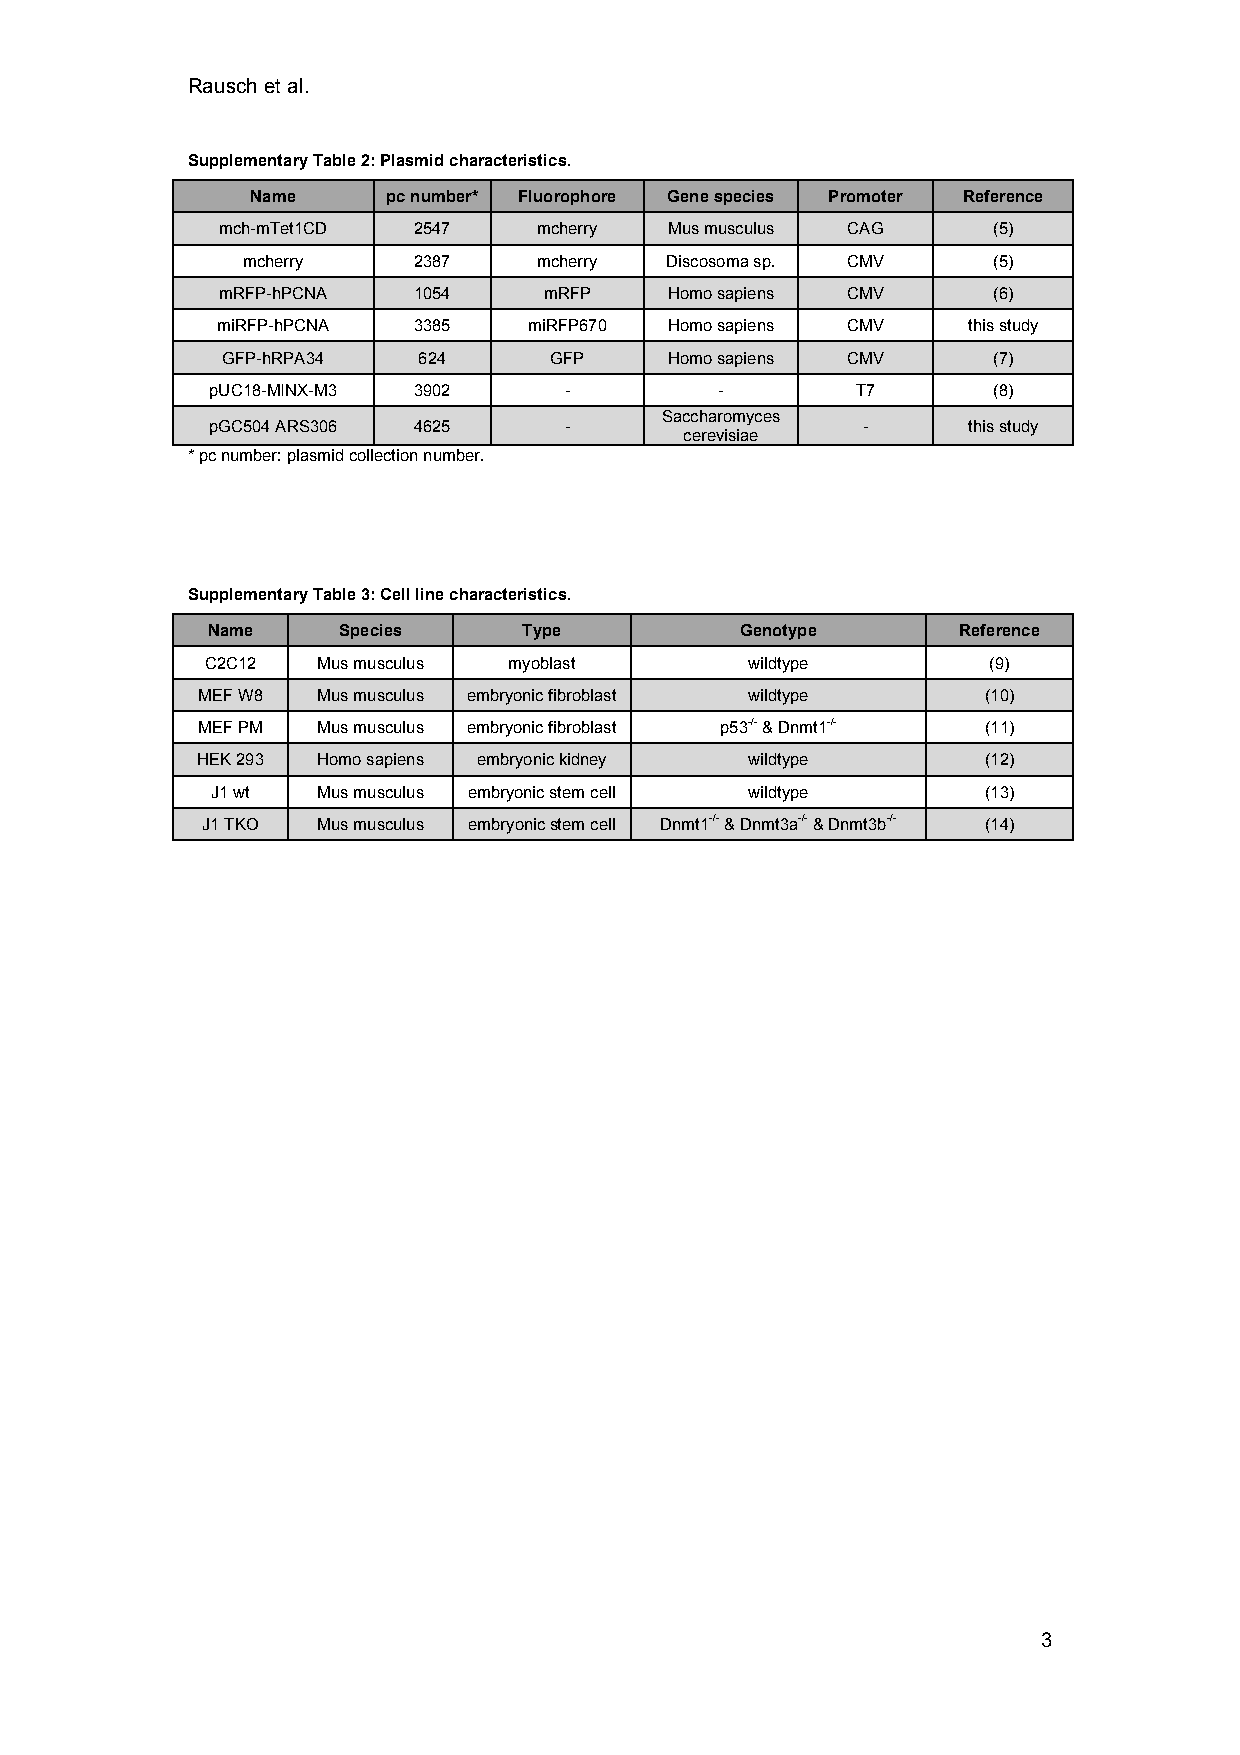
Rausch et al.
 Supplementary Table 2: Plasmid characteristics.
 Name     pc number* Fluorophore Gene species Promoter Reference
 mch-mTet1CD  2547     mcherry Mus musculus CAG      (5)
 mcherry    2387     mcherry Discosoma sp. CMV     (5)
 mRFP-hPCNA   1054     mRFP    Homo sapiens CMV      (6)
 miRFP-hPCNA  3385    miRFP670 Homo sapiens CMV    this study
 GFP-hRPA34   624     GFP     Homo sapiens CMV      (7)
 pUC18-MINX-M3 3902     -          -        T7       (8)
 Saccharomyces
 pGC504 ARS306 4625     -                   -      this study
 cerevisiae
 * pc number: plasmid collection number.
 Supplementary Table 3: Cell line characteristics.
 Name    Species      Type          Genotype      Reference
 C2C12  Mus musculus myoblast        wildtype       (9)
 MEF W8  Mus musculus embryonic fibroblast wildtype  (10)
 MEF PM  Mus musculus embryonic fibroblast p53-/- & Dnmt1-/- (11)
 HEK 293 Homo sapiens embryonic kidney wildtype      (12)
 J1 wt  Mus musculus embryonic stem cell wildtype   (13)
 J1 TKO  Mus musculus embryonic stem cell Dnmt1-/- & Dnmt3a-/- & Dnmt3b-/- (14)
 3